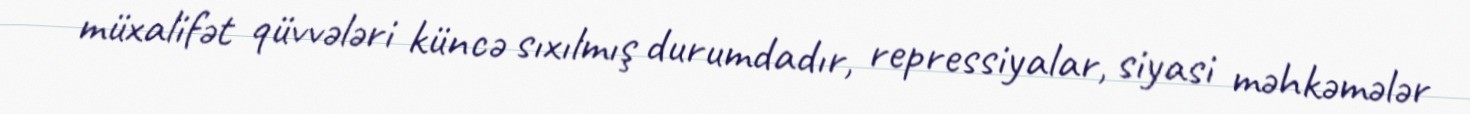
müxalifət qüvvələri küncə sıxılmış durumdadır, repressiyalar, siyasi məhkəmələr